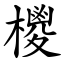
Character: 㯶